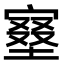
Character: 𡩿